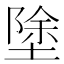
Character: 𭏚